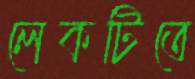
লেকটিতে